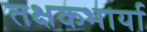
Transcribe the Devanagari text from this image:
तक्षकभार्या